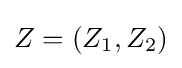
Z=\left(Z_{1},Z_{2}\right)